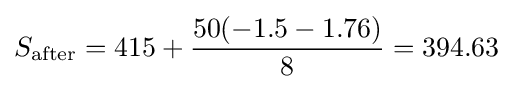
S_{\text{after}}={\text{415}}+{50(-1.5-1.76) \over 8}=394.63